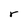
Character: r